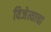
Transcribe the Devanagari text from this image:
विजेत्याचा